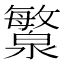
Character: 瀪